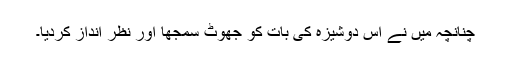
چنانچہ میں نے اس دوشیزہ کی بات کو جھوٹ سمجھا اور نظر انداز کردیا۔